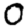
Digit: 0